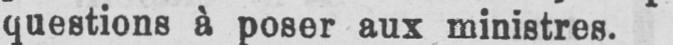
questions à poser aux ministres.